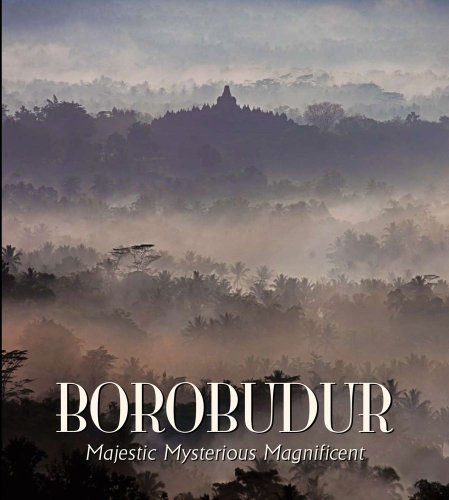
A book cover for Borobudur: Majestic Mysterious Magnificent; John N. Miksic; Travel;